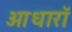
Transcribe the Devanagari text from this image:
आधारॉ